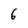
Character: 6